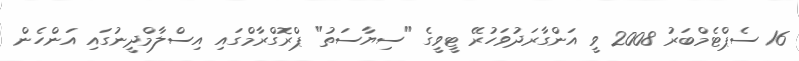
16 ސެޕްޓެމްބަރު 2008 ވީ އަންގާރަދުވަހުރޭ ޓީވީގެ "ސިޔާސަތު" ޕްރޮގްރާމްގައި އިސްލާމްދީނުގައި އަންހެން